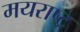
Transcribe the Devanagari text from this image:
मयराष्ट्र